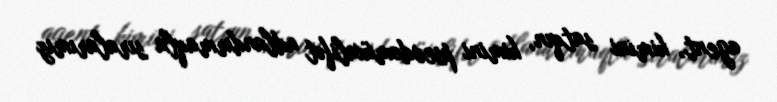
agent, kimini satqın, kimini psevdomüxalifət adlandırmaqla sıralarımız